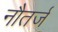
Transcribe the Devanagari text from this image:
नौतर्ज